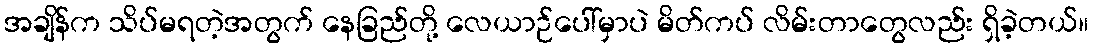
အချိန်က သိပ်မရတဲ့အတွက် နေခြည်တို့ လေယာဉ်ပေါ်မှာပဲ မိတ်ကပ် လိမ်းတာတွေလည်း ရှိခဲ့တယ်။